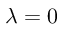
\lambda = 0